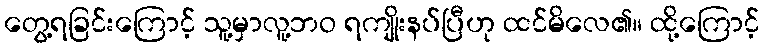
တွေ့ရခြင်းကြောင့် သူ့မှာလူ့ဘဝ ရကျိုးနပ်ပြီဟု ထင်မိလေ၏။ ထို့ကြောင့်